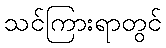
သင်ကြားရာတွင်